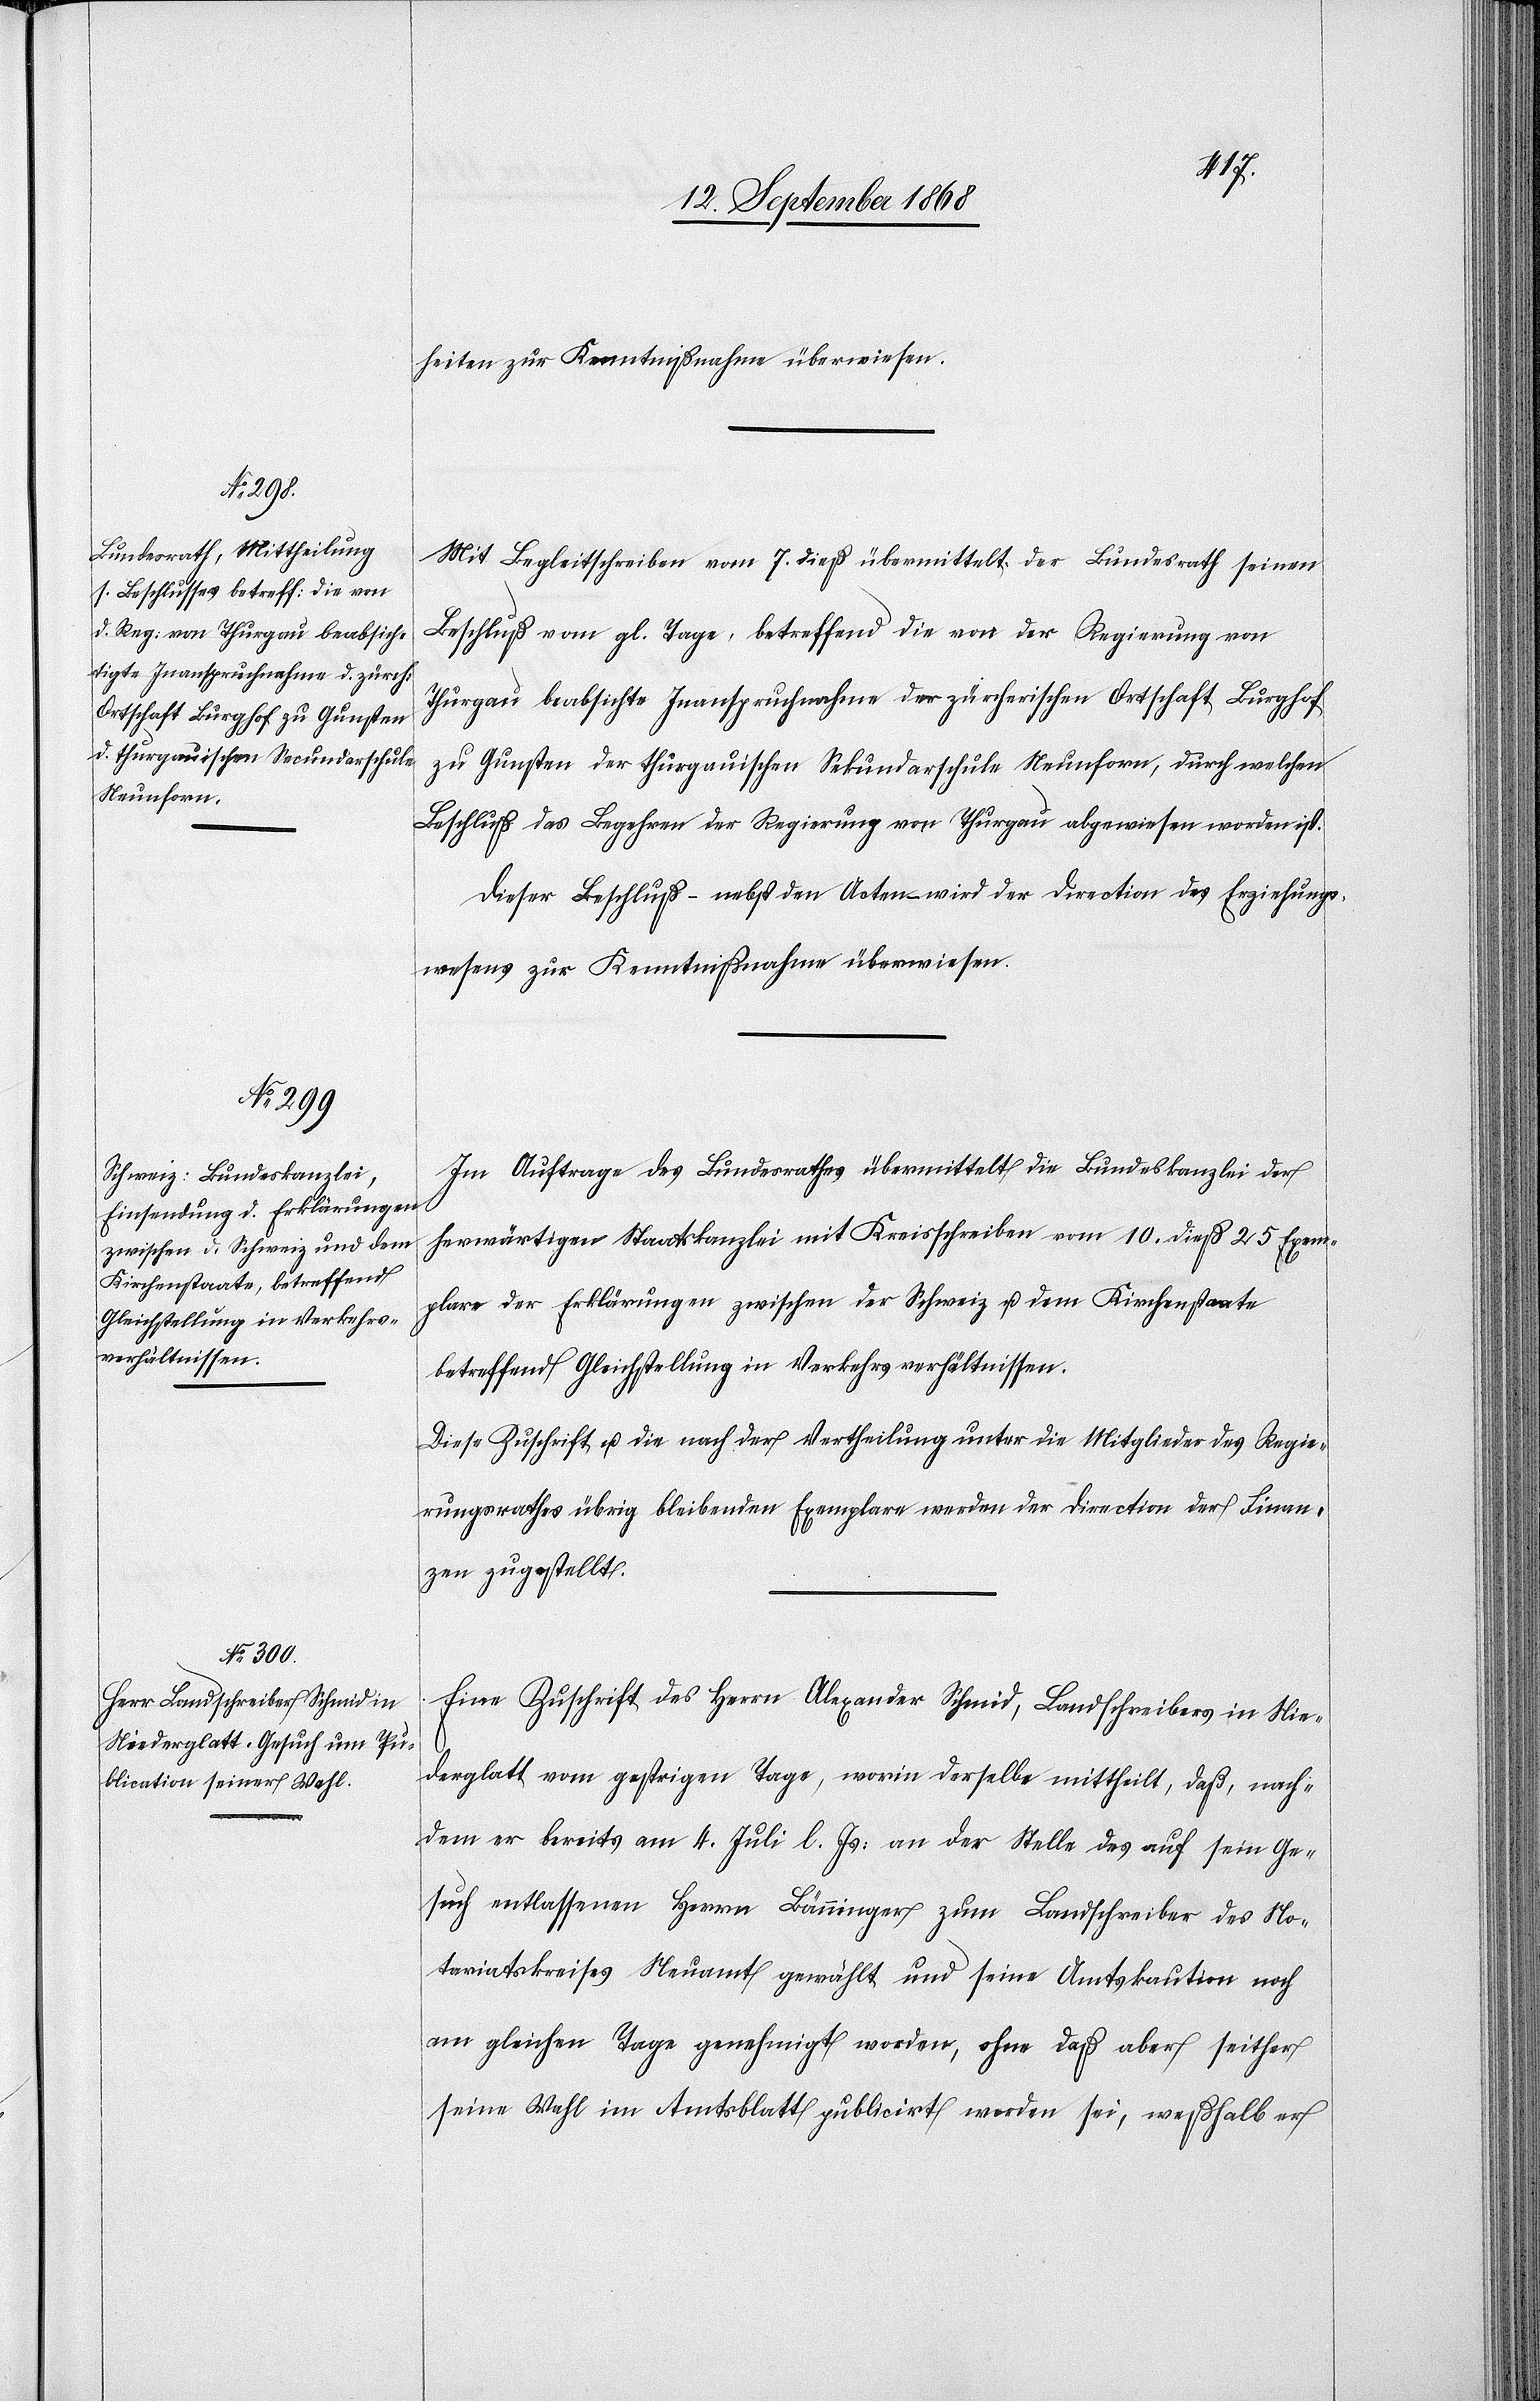
heiten zur Kenntnißnahme überwiesen.
Mit Begleitschreiben vom 7. dieß übermittelt der Bundesrath seinen
Beschluß vom gl. Tage, betreffend die von der Regierung von
Thurgau beabsicht[igt]e Inanspruchnahme der zürcherischen Ortschaft Burghof
zu Gunsten der thurgauischen Sekundarschule Neunforn, durch welchen
Beschluß das Begehren der Regierung von Thurgau abgewiesen worden ist.
Dieser Beschluß – nebst den Acten – wird der Direction des Erziehungs¬
wesens zur Kenntnißnahme überwiesen.
Im Auftrage des Bundesrathes übermittelt die Bundeskanzlei der
herwärtigen Staatskanzlei mit Kreisschreiben vom 10. dieß 25 Exem¬
plare der Erklärungen zwischen der Schweiz u. dem Kirchenstaate
betreffend Gleichstellung in Verkehrsverhältnissen.
Diese Zuschrift u. die nach der Vertheilung unter die Mitglieder des Regie¬
rungsrathes übrig bleibenden Exemplare werden der Direction der Finan¬
zen zugestellt.
Eine Zuschrift des Herrn Alexander Schmid, Landschreibers in Nie¬
derglatt vom gestrigen Tage, worin derselbe mittheilt, daß, nach¬
dem er bereits am 4. Juli l. Js: an der Stelle des auf sein Ge¬
such entlassenen Herrn Bänninger zum Landschreiber des No¬
tariatskreises Neuamt gewählt und seine Amtskaution noch
am gleichen Tage genehmigt worden, ohne daß aber seither
seine Wahl im Amtsblatt publicirt worden sei, weßhalb er